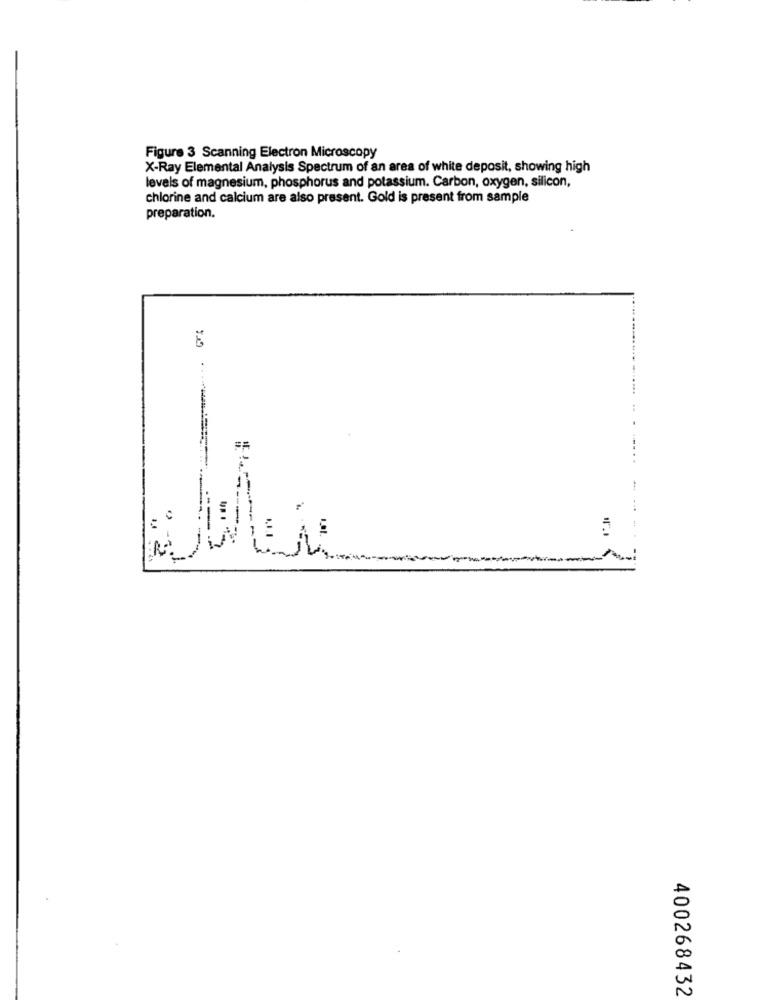
Figure 3 Scanning Electron Microscopy
X-Ray Elemental Analysis Spectrum of an area of white deposit, showing high
levels of magnesium, phosphorus and potassium. Carbon, oxygen, silicon,
chlorine and calcium are also present. Gold is present from sample
preparation.
-
---
400268432